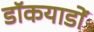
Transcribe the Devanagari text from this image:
डॉकयाडों